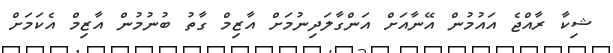
ޝިކާ ރާއްޖެ އައުމުން އޭނާއަށް އަންގާލަދިނުމަށް އާޒިމް ގާތު ބުނުމުން އާޒިމް އެކަމަށް